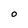
Character: O